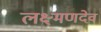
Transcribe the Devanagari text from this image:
लक्ष्‍मणदेव